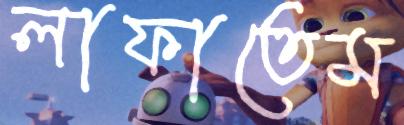
লাফাতেম